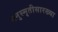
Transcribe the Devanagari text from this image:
मनुस्मृतीसारख्या